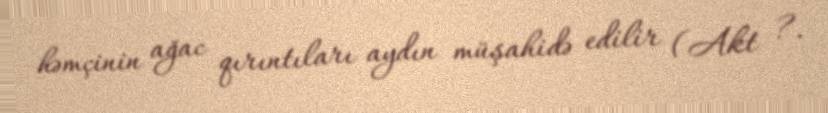
həmçinin ağac qırıntıları aydın müşahidə edilir (Akt ?.